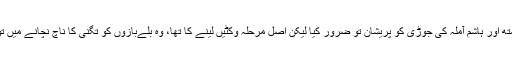
پاکستانی گیند بازوں جنید خان اور عمر گل نے ابتداء میں گریم اسمتھ اور ہاشم آملہ کی جوڑی کو پریشان تو ضرور کیا لیکن اصل مرحلہ وکٹیں لینے کا تھا، وہ بلےبازوں کو تگنی کا ناچ نچانے میں تو کامیاب ہو گئے لیکن ان کی وکٹیں حاصل کرنے میں نہیں ہوئے۔